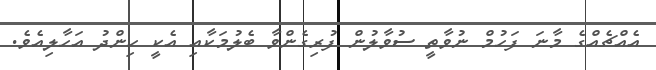
އެއްޗެއްގެ މާނަ ފަހުމް ނުވާތީ ސުވާލުން ފުރިގެންވާ ބެލުމަކާއި އެކީ ހިންދު އަހާލިއެވެ.